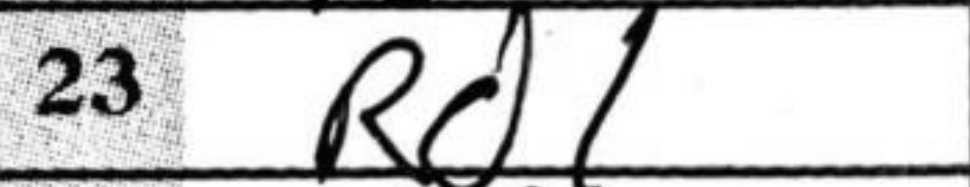
Transcription: Rd1